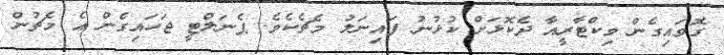
ގޮވައިގެން ވިކްޓާރީއާ ދެކޮޅަށް ކުޅުނު ފައިނަލު މެޗެކެވެ. ޕެނަލްޓީ ޖަހައިގެން އެ މެޗުން